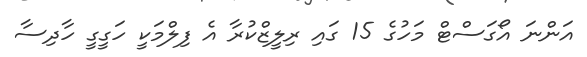
އަންނަ އޯގަސްޓް މަހުގެ 15 ގައި ރިލީޒްކުރާ އެ ފިލްމަކީ ހަގީގީ ހާދިސާ